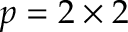
p = 2 \times 2